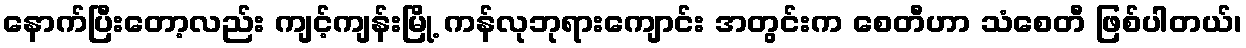
နောက်ပြီးတော့လည်း ကျင့်ကျန်းမြို့ ကန်လုဘုရားကျောင်း အတွင်းက စေတီဟာ သံစေတီ ဖြစ်ပါတယ်၊